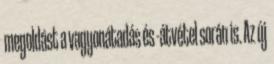
megoldást a vagyonátadás és -átvétel során is. Az új